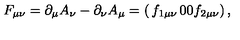
F _ { \mu \nu } = \partial _ { \mu } A _ { \nu } - \partial _ { \nu } A _ { \mu } = \left( \begin{matrix} { f _ { 1 \mu \nu } } & { 0 } \\ { 0 } & { f _ { 2 \mu \nu } } \\ \end{matrix} \right) ,